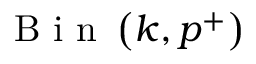
\mathrm { ~ B ~ i ~ n ~ } \left( k , p ^ { + } \right)